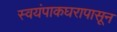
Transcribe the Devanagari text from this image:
स्वयंपाकघरापासून